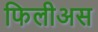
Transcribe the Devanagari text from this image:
फिलीअस